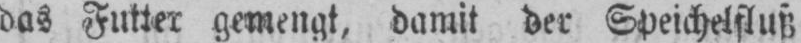
das Futter gemengt, damit der Speichelfluß